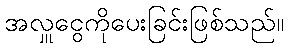
အလှူငွေကိုပေးခြင်းဖြစ်သည်။